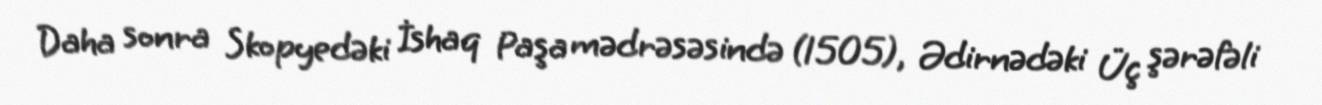
Daha sonra Skopyedəki İshaq Paşa mədrəsəsində (1505), Ədirnədəki Üç şərəfəli